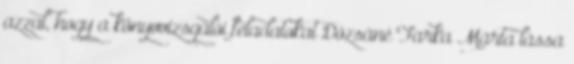
azzal, hogy a könyvvizsgálói feladatokat Dózsáné Farka Márta lássa